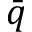
\bar { q }